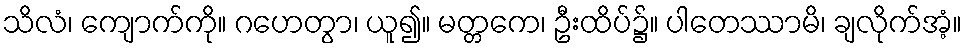
သိလံ၊ ကျောက်ကို။ ဂဟေတွာ၊ ယူ၍။ မတ္တကေ၊ ဦးထိပ်၌။ ပါတေဿာမိ၊ ချလိုက်အံ့။